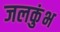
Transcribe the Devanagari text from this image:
जलकुंभ